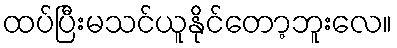
ထပ်ပြီးမသင်ယူနိုင်တော့ဘူးလေ။